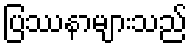
ပြဿနာများသည်